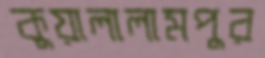
কুয়ালালামপুর